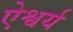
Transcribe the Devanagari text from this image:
ऐश्वर्य